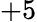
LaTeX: +5